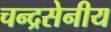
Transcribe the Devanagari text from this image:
चन्द्रसेनीय